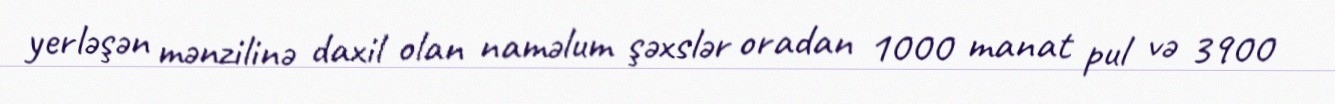
yerləşən mənzilinə daxil olan naməlum şəxslər oradan 1000 manat pul və 3900